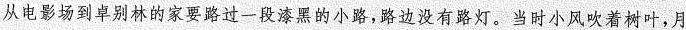
从电影场到卓别林的家要路过一段漆黑的小路，路边没有路灯。当时小风吹着树叶，月